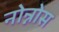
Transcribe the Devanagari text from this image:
नोन्नोस